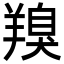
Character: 䍹